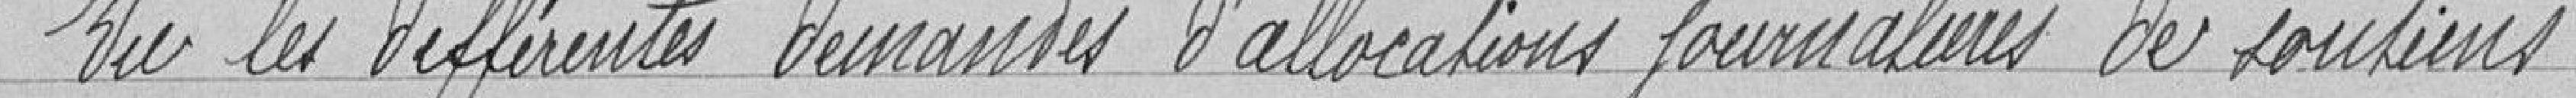
Vu les différentes demandes d'allocations journalières des soutiens